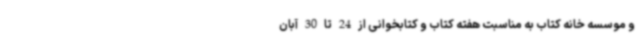
و موسسه خانه کتاب به مناسبت هفته کتاب و کتابخوانی از 24 تا 30 آبان